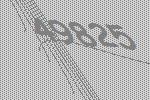
49825